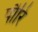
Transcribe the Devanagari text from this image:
पौरि